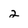
Character: 2